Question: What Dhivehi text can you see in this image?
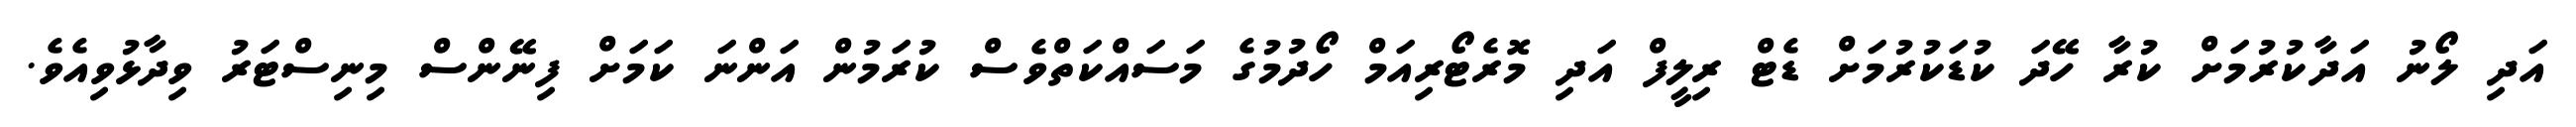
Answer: އަދި ލޯނު އަދާކުރުމަށް ކުރާ ހޭދަ ކުޑަކުރުމަށް ޑެޓް ރިލީފް އަދި މޮރެޓޯރިއަމް ހޯދުމުގެ މަސައްކަތްވެސް ކުރަމުން އަންނަ ކަމަށް ފިނޭންސް މިނިސްޓަރު ވިދާޅުވިއެވެ.